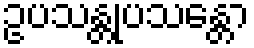
ဥပသန္တုပသန္တော